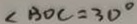
\angle B O C = 3 0 ^ { \circ }